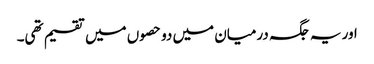
اور یہ جگہ درمیان میں دو حصوں میں تقسیم تھی۔